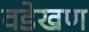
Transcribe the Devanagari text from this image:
वडेखण